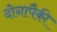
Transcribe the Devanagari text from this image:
दोनापैकी